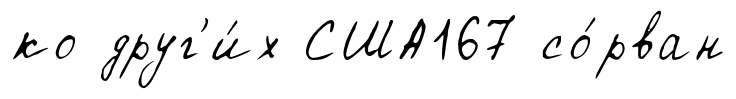
ко друг'и́х США167 со́рван